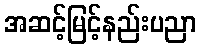
အဆင့်မြင့်နည်းပညာ